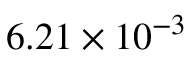
6 . 2 1 \times 1 0 ^ { - 3 }